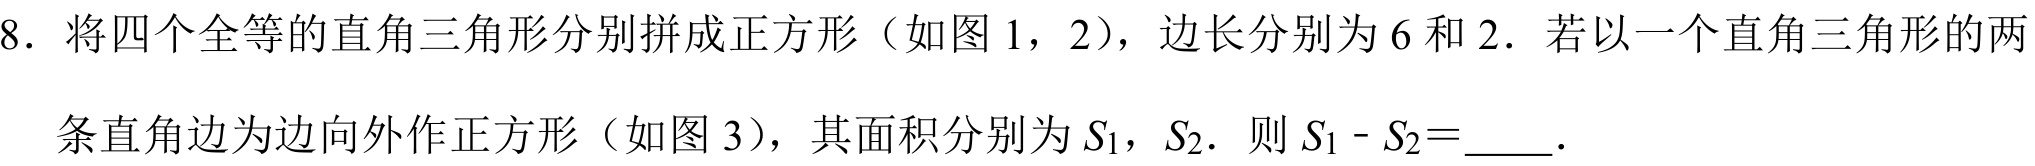
8. 将四个全等的直角三角形分别拼成正方形（如图1，2），边长分别为6和2．若以一个直角三角形的两
条直角边为边向外作正方形（如图3），其面积分别为\(S_{1}\)，\(S_{2}\)．则\(S_{1}-S_{2}=\underline{\quad\quad}\)．